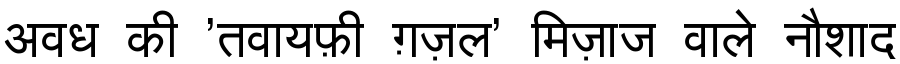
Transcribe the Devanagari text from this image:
अवध की 'तवायफ़ी ग़ज़ल' मिज़ाज वाले नौशाद